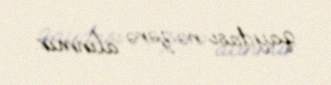
qaydası nəzərə alınmır.